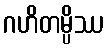
ဂဟိတမ္ပိဿ